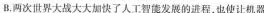
B.两次世界大战大大加快了人工智能发展的进程，也使让机器